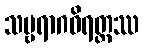
သဗ္ဗရာဂဝိရတ္တဿ